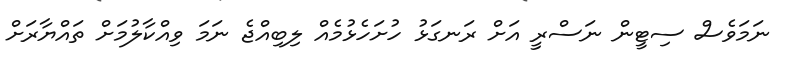
ނަމަވެސް ސިޓީން ނަސްރީ އަށް ރަނގަޅު ހުށަހެޅުމެއް ލިބިއްޖެ ނަމަ ވިއްކާލުމަށް ތައްޔާރަށް